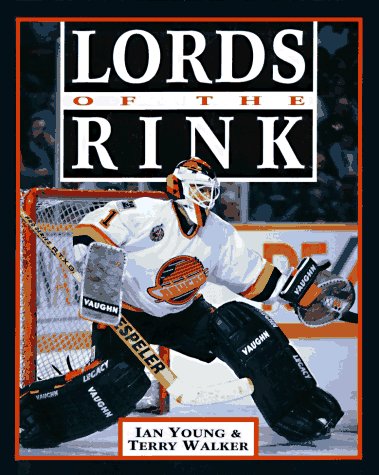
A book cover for Lords of the Rink; Ian Young; Sports & Outdoors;